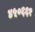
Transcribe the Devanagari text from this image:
४५०६६१